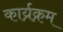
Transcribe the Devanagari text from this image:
कार्य्रक्रम